Indian journal of veterinary science and animal husbandry - Volumes 24-25, 1954-1955
Year: 1954
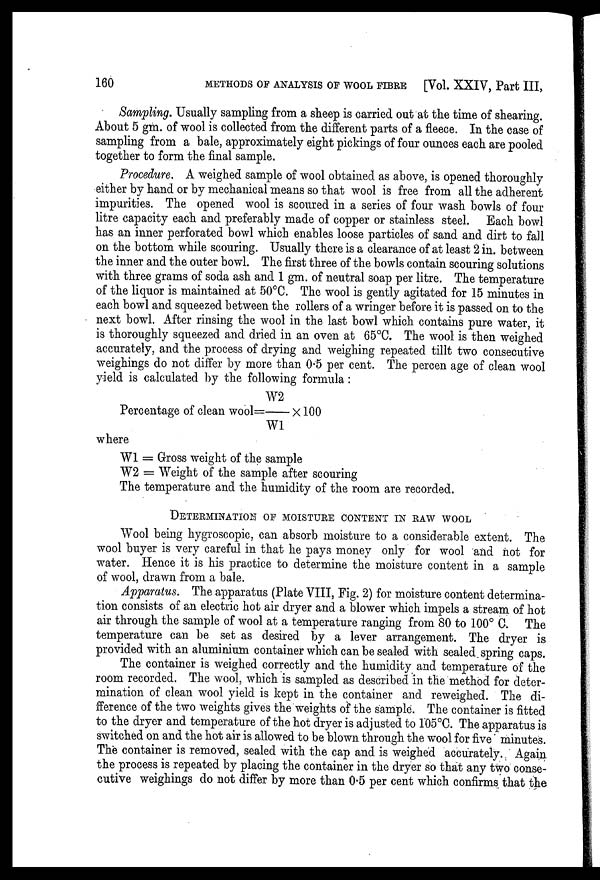
160
METHODS OF ANALYSIS OF WOOL FIBRE [Vol. XXIV, Part III,
Sampling. Usually sampling from a sheep is carried out at the time of shearing.
About 5 gm. of wool is collected from the different parts of a fleece. In the case of
sampling from a bale, approximately eight pickings of four ounces each are pooled
together to form the final sample.
Procedure. A weighed sample of wool obtained as above, is opened thoroughly
either by hand or by mechanical means so that wool is free from all the adherent
impurities. The opened wool is scoured in a series of four wash bowls of four
litre capacity each and preferably made of copper or stainless steel. Each bowl
has an inner perforated bowl which enables loose particles of sand and dirt to fall
on the bottom while scouring. Usually there is a clearance of at least 2 in. between
the inner and the outer bowl. The first three of the bowls contain scouring solutions
with three grams of soda ash and 1 gm. of neutral soap per litre. The temperature
of the liquor is maintained at 50°C. The wool is gently agitated for 15 minutes in
each bowl and squeezed between the rollers of a wringer before it is passed on to the
next bowl. After rinsing the wool in the last bowl which contains pure water, it
is thoroughly squeezed and dried in an oven at 65°C. The wool is then weighed
accurately, and the process of drying and weighing repeated tillt two consecutive
weighings do not differ by more than 0.5 per cent. The percen age of clean wool
yield is calculated by the following formula :
Percentage of clean wool=W2/W1x100
where
W1 = Gross weight of the sample
W2 = Weight of the sample after scouring
The temperature and the humidity of the room are recorded.
DETERMINATION OF MOISTURE CONTENT IN RAW WOOL
Wool being hygroscopic, can absorb moisture to a considerable extent. The
wool buyer is very careful in that he pays money only for wool and not for
water. Hence it is his practice to determine the moisture content in a sample
of wool, drawn from a bale.
Apparatus. The apparatus (Plate VIII, Fig. 2) for moisture content determina-
tion consists of an electric hot air dryer and a blower which impels a stream of hot
air through the sample of wool at a temperature ranging from 80 to 100° C. The
temperature can be set as desired by a lever arrangement. The dryer is
provided with an aluminium container which can be sealed with sealed spring caps.
The container is weighed correctly and the humidity and temperature of the
room recorded. The wool, which is sampled as described in the method for deter-
mination of clean wool yield is kept in the container and reweighed. The di-
fference of the two weights gives the weights of the sample. The container is fitted
to the dryer and temperature of the hot dryer is adjusted to 105°C. The apparatus is
switched on and the hot air is allowed to be blown through the wool for five minutes.
The container is removed, sealed with the cap and is weighed accurately. Again
the process is repeated by placing the container in the dryer so that any two conse-
cutive weighings do not differ by more than 0.5 per cent which confirms that the